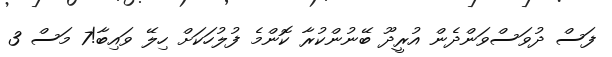
ފަސް ދުވަސްވަންދެން އުރީދޫ ބޭނުންކުރާ ކޮންމެ ފުލުހަކަށް ހިލޭ ވައިބާ!7 މަސް 3